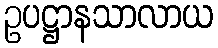
ဥပဋ္ဌာနသာလာယ